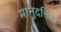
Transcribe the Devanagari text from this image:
मानुदत्तिन